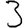
Digit: 3